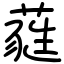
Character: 蕤